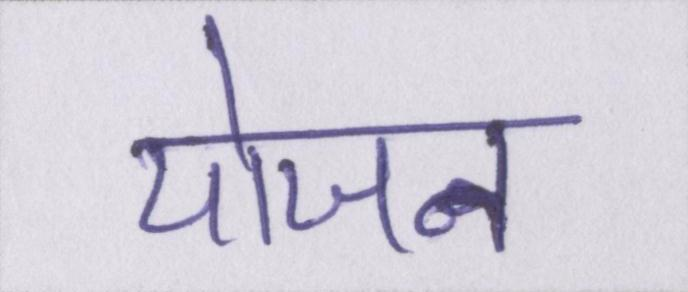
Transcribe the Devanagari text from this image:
योजन